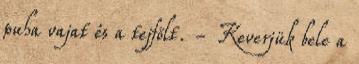
puha vajat és a tejfölt. - Keverjük bele a